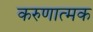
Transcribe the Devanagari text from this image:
करुणात्मक